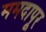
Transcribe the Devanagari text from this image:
ममदापूर